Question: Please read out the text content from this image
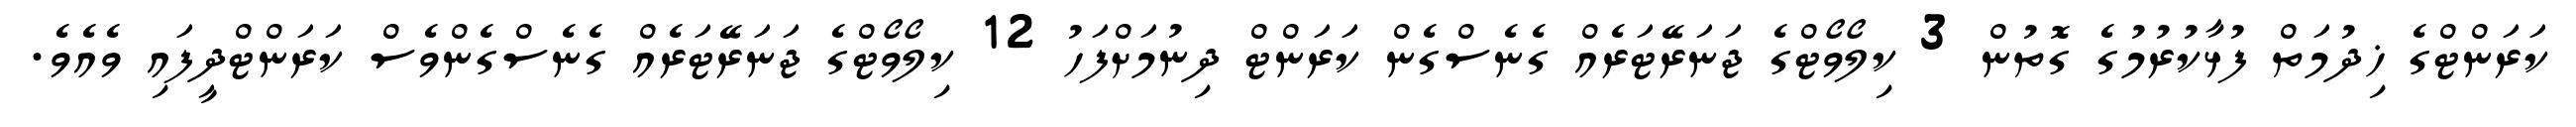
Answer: ކަރަންޓްގެ ޚިދުމަތް ފުޅާކުރުމުގެ ގޮތުން 3 ކިލޯވޯޓްގެ ޖަނަރޭޓަރެއް ގެނެސްގެން ކަރަންޓް ދިނުމަށްފަހު 12 ކިލޯވޯޓްގެ ޖަނަރޭޓަރެއް ގެނެސްގެންވެސް ކަރަންޓްދީފައި ވެއެވެ.